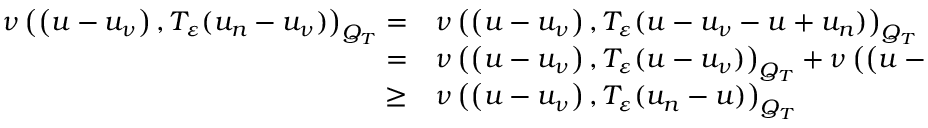
\begin{array} { r l } { \nu \left( \left( u - u _ { \nu } \right) , T _ { \varepsilon } ( u _ { n } - u _ { \nu } ) \right) _ { Q _ { T } } = } & { { } \nu \left( \left( u - u _ { \nu } \right) , T _ { \varepsilon } ( u - u _ { \nu } - u + u _ { n } ) \right) _ { Q _ { T } } } \\ { = } & { { } \nu \left( \left( u - u _ { \nu } \right) , T _ { \varepsilon } ( u - u _ { \nu } ) \right) _ { Q _ { T } } + \nu \left( \left( u - u _ { \nu } \right) , T _ { \varepsilon } ( u _ { n } - u ) \right) _ { Q _ { T } } } \\ { \geq } & { { } \nu \left( \left( u - u _ { \nu } \right) , T _ { \varepsilon } ( u _ { n } - u ) \right) _ { Q _ { T } } } \end{array}